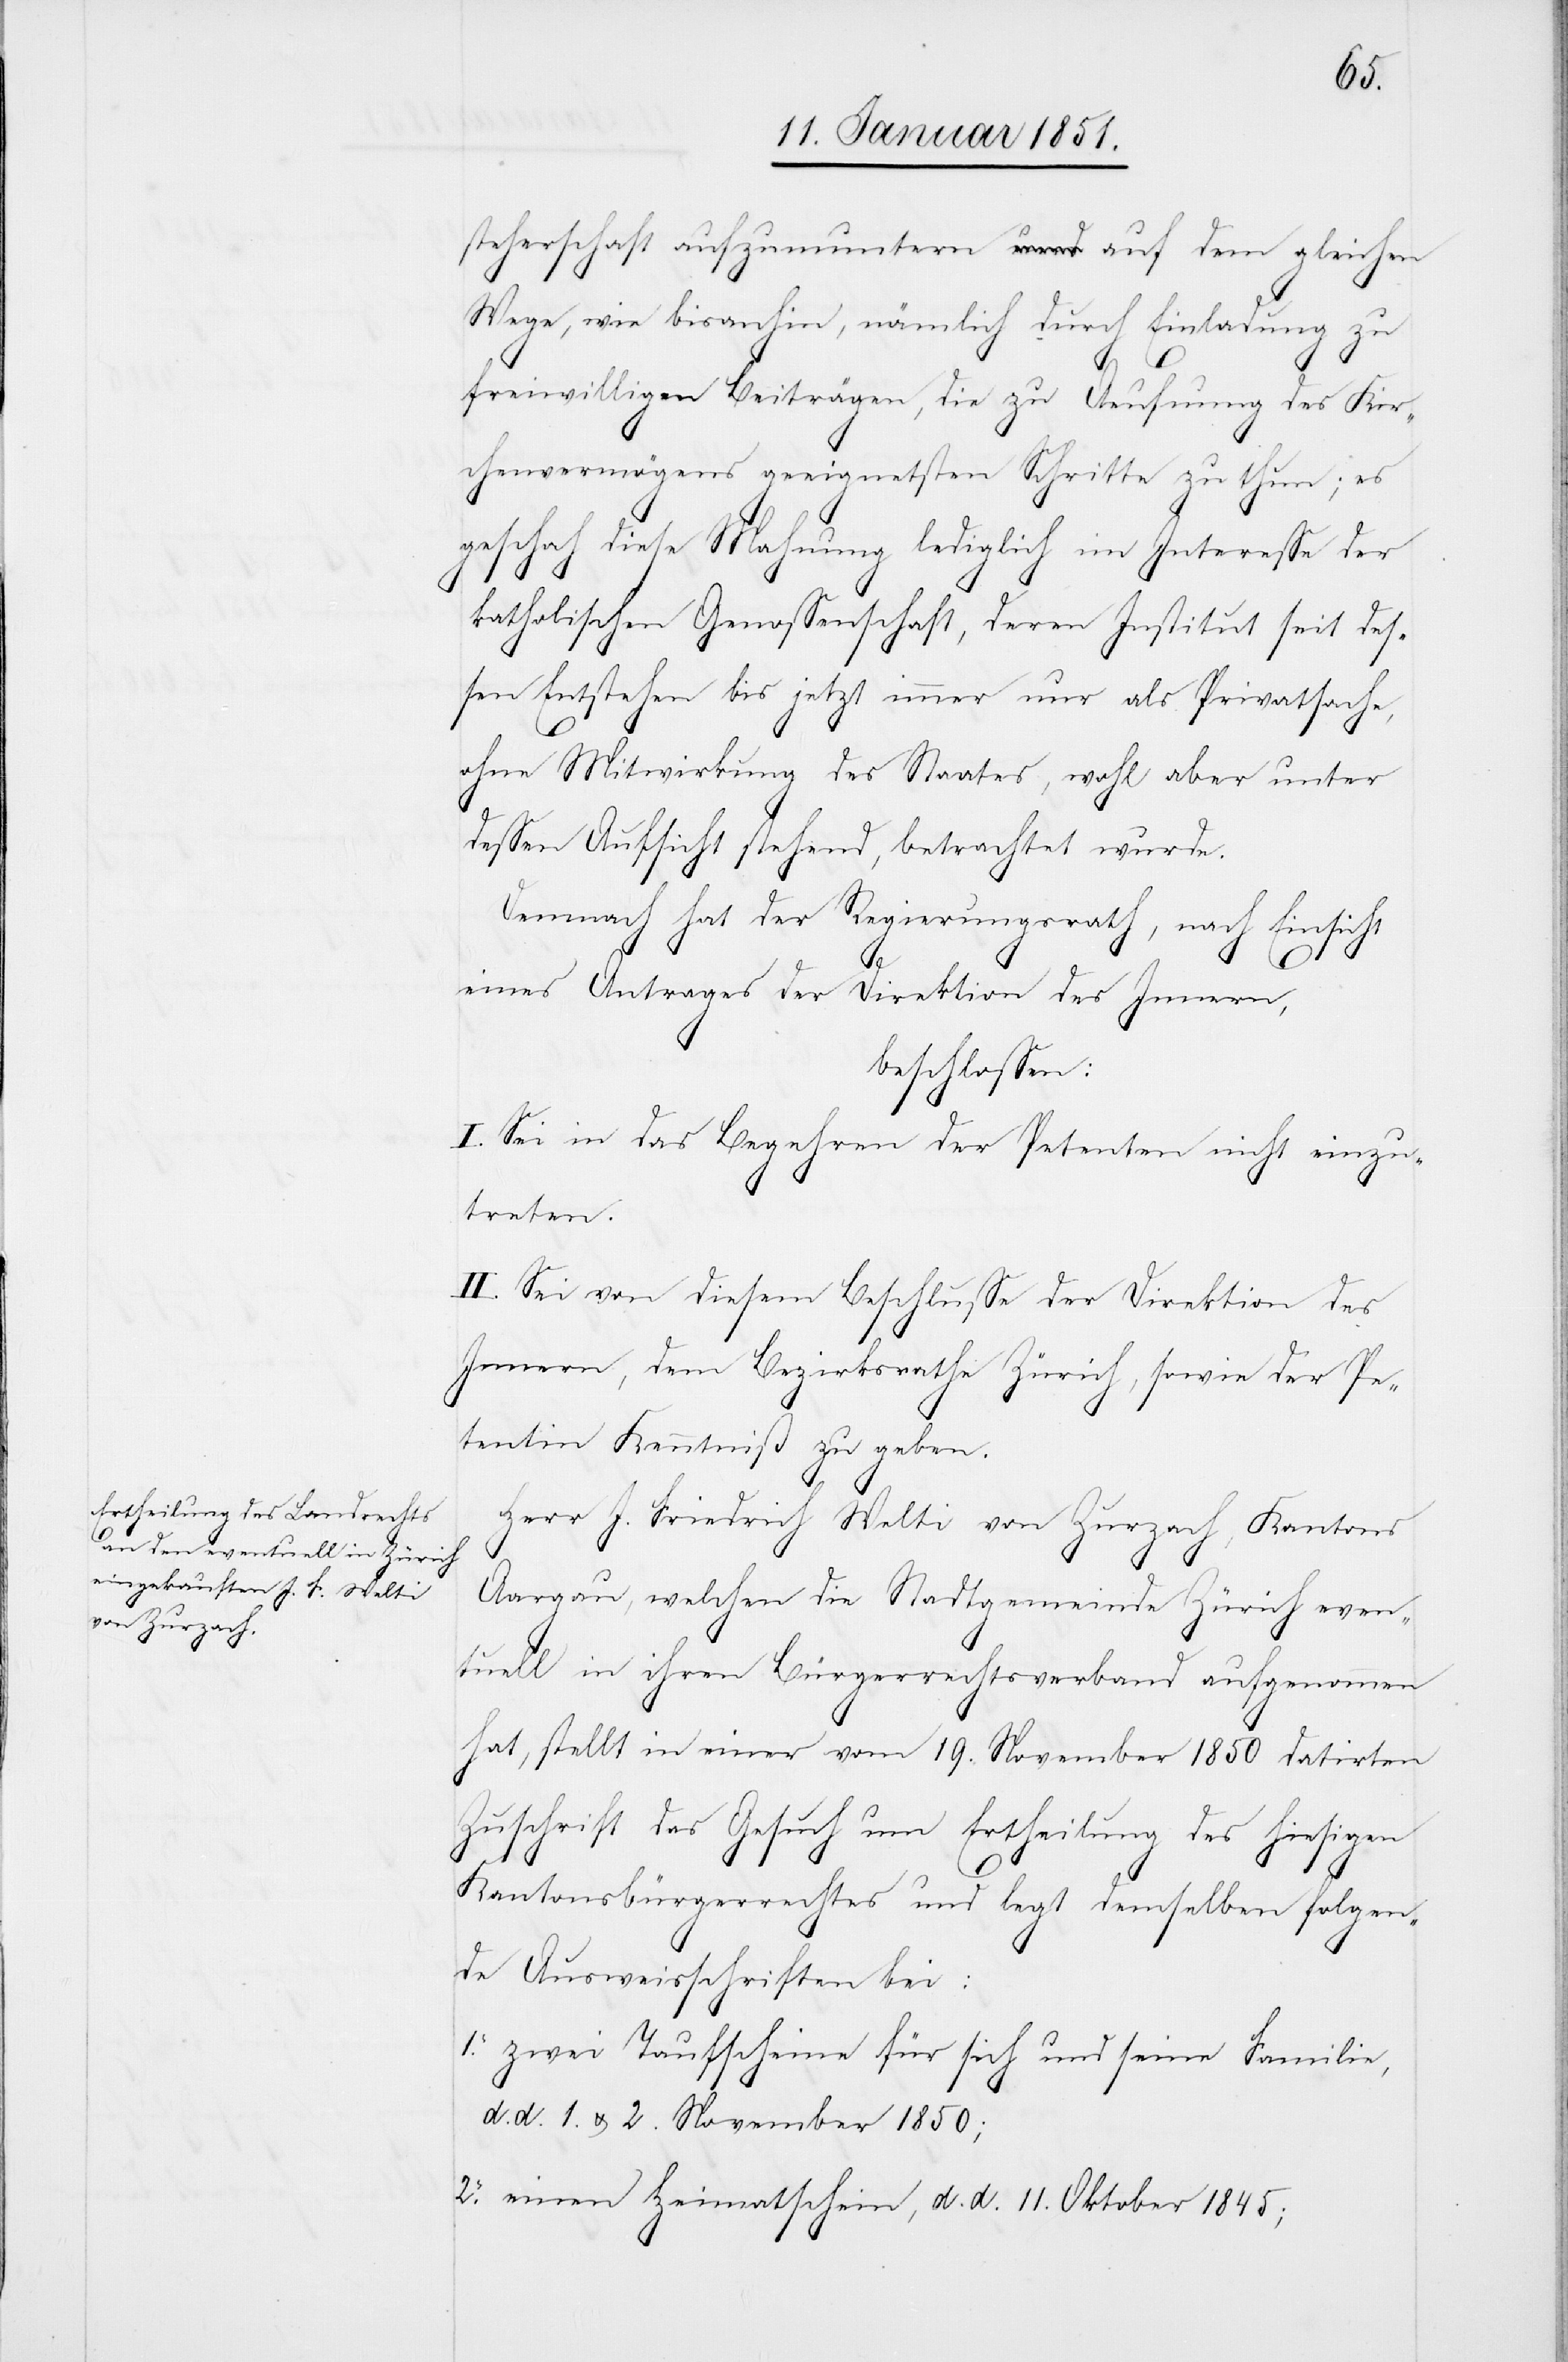
steherschaft aufzumuntern auf dem gleichen
Wege, wie bisanhin, nämlich durch Einladung zu
freiwilligen Beiträgen, die zu Aeufnung des Kir¬
chenvermögens geeignetsten Schritte zu thun; es
geschah diese Mahnung lediglich im Interesse der
einz¬
katholischen Genossenschaft, deren Institut seit des¬
sen Entstehen bis jetzt immer nur als Privatsache,
2.
ohne Mitwirkung des Staates, wohl aber unter
dessen Aufsicht stehend, betrachtet wurde.
Demnach hat der Regierungsrath, nach Einsicht
1.
eines Antrages der Direktion des Innern,
beschlossen:
I. Sei in das Begehren der Petenten [recte:
utreten.
II. Sei von diesem Beschlusse der Direktion des
Innern, dem Bezirksrathe Zürich, sowie der Pe¬
tentin Kenntniß zu geben.
Herr J. Friedrich Welti von Zurzach, Kantons
Aargau, welchen die Stadtgemeinde Zürich even¬
tuell in ihren Bürgerrechtsverband aufgenommen
hat, stellt in einer vom 19. November 1850 datirten
Zuschrift das Gesuch um Ertheilung des hiesigen
Kantonsbürgerrechtes und legt demselben folgen¬
de Ausweisschriften bei:
zwei Taufscheine für sich und seine Familie,
d. d. 1. & 2. November 1850;
einen Heimatschein, d. d. 11. Oktober 1845;